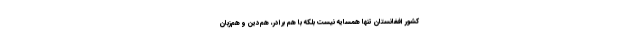
کشور افغانستان تنها همسایه نیست بلکه با هم برادر، هم‌دین و هم‌زبان